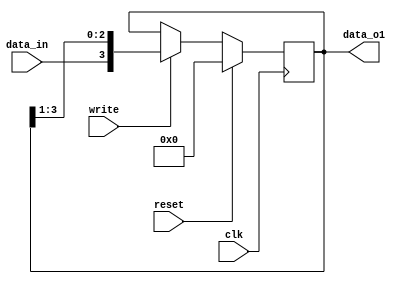
module serial_to_parallel
(    input reset,
     input write,
	  input data_in,
	  input clk,
	  output wire[3:0] data_o1
);

reg [3:0] mem  ;

always @ (posedge clk)
begin 
    if ( reset == 1)
	 begin
		  mem [3:0] = 4'b0000;
	  end
	  else if (  write == 1)
	  begin  
				 mem <= { data_in , mem[3:1] } ;
		
	  end
		
end
assign data_o1 = mem[3:0];

endmodule